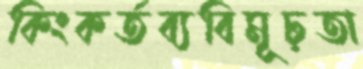
কিংকর্তব্যবিমূঢ়তা